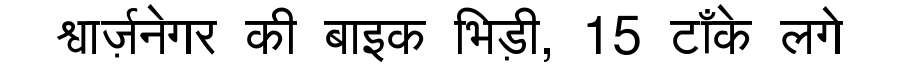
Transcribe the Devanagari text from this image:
श्वार्ज़नेगर की बाइक भिड़ी, 15 टाँके लगे